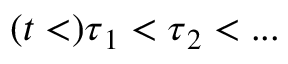
( t < ) \boldsymbol { \tau } _ { 1 } < \boldsymbol { \tau } _ { 2 } < . . .